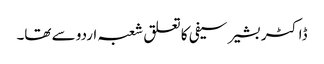
ڈاکٹر بشیر سیفی کا تعلق شعبہ اردو سے تھا۔